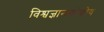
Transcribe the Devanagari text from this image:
विश्वज्ञानकोशीय